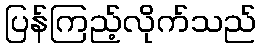
ပြန်ကြည့်လိုက်သည်